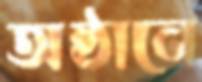
অষ্ঠানে